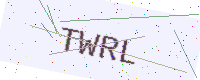
Text: TWRL